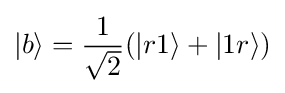
|b\rangle ={\frac {1}{\sqrt {2}}}(|r1\rangle +|1r\rangle )